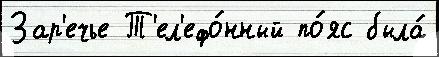
Зар'ечье Т'ел'ефо́нный по́яс была́